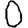
Digit: 0